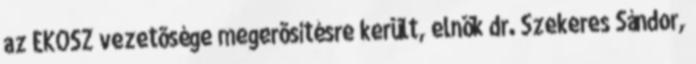
az EKOSZ vezetõsége megerõsítésre került, elnök dr. Szekeres Sándor,